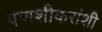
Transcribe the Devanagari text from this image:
पणशीकरांशी